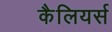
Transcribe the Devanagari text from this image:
कैलियर्स